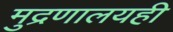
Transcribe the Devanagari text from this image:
मुद्रणालयही